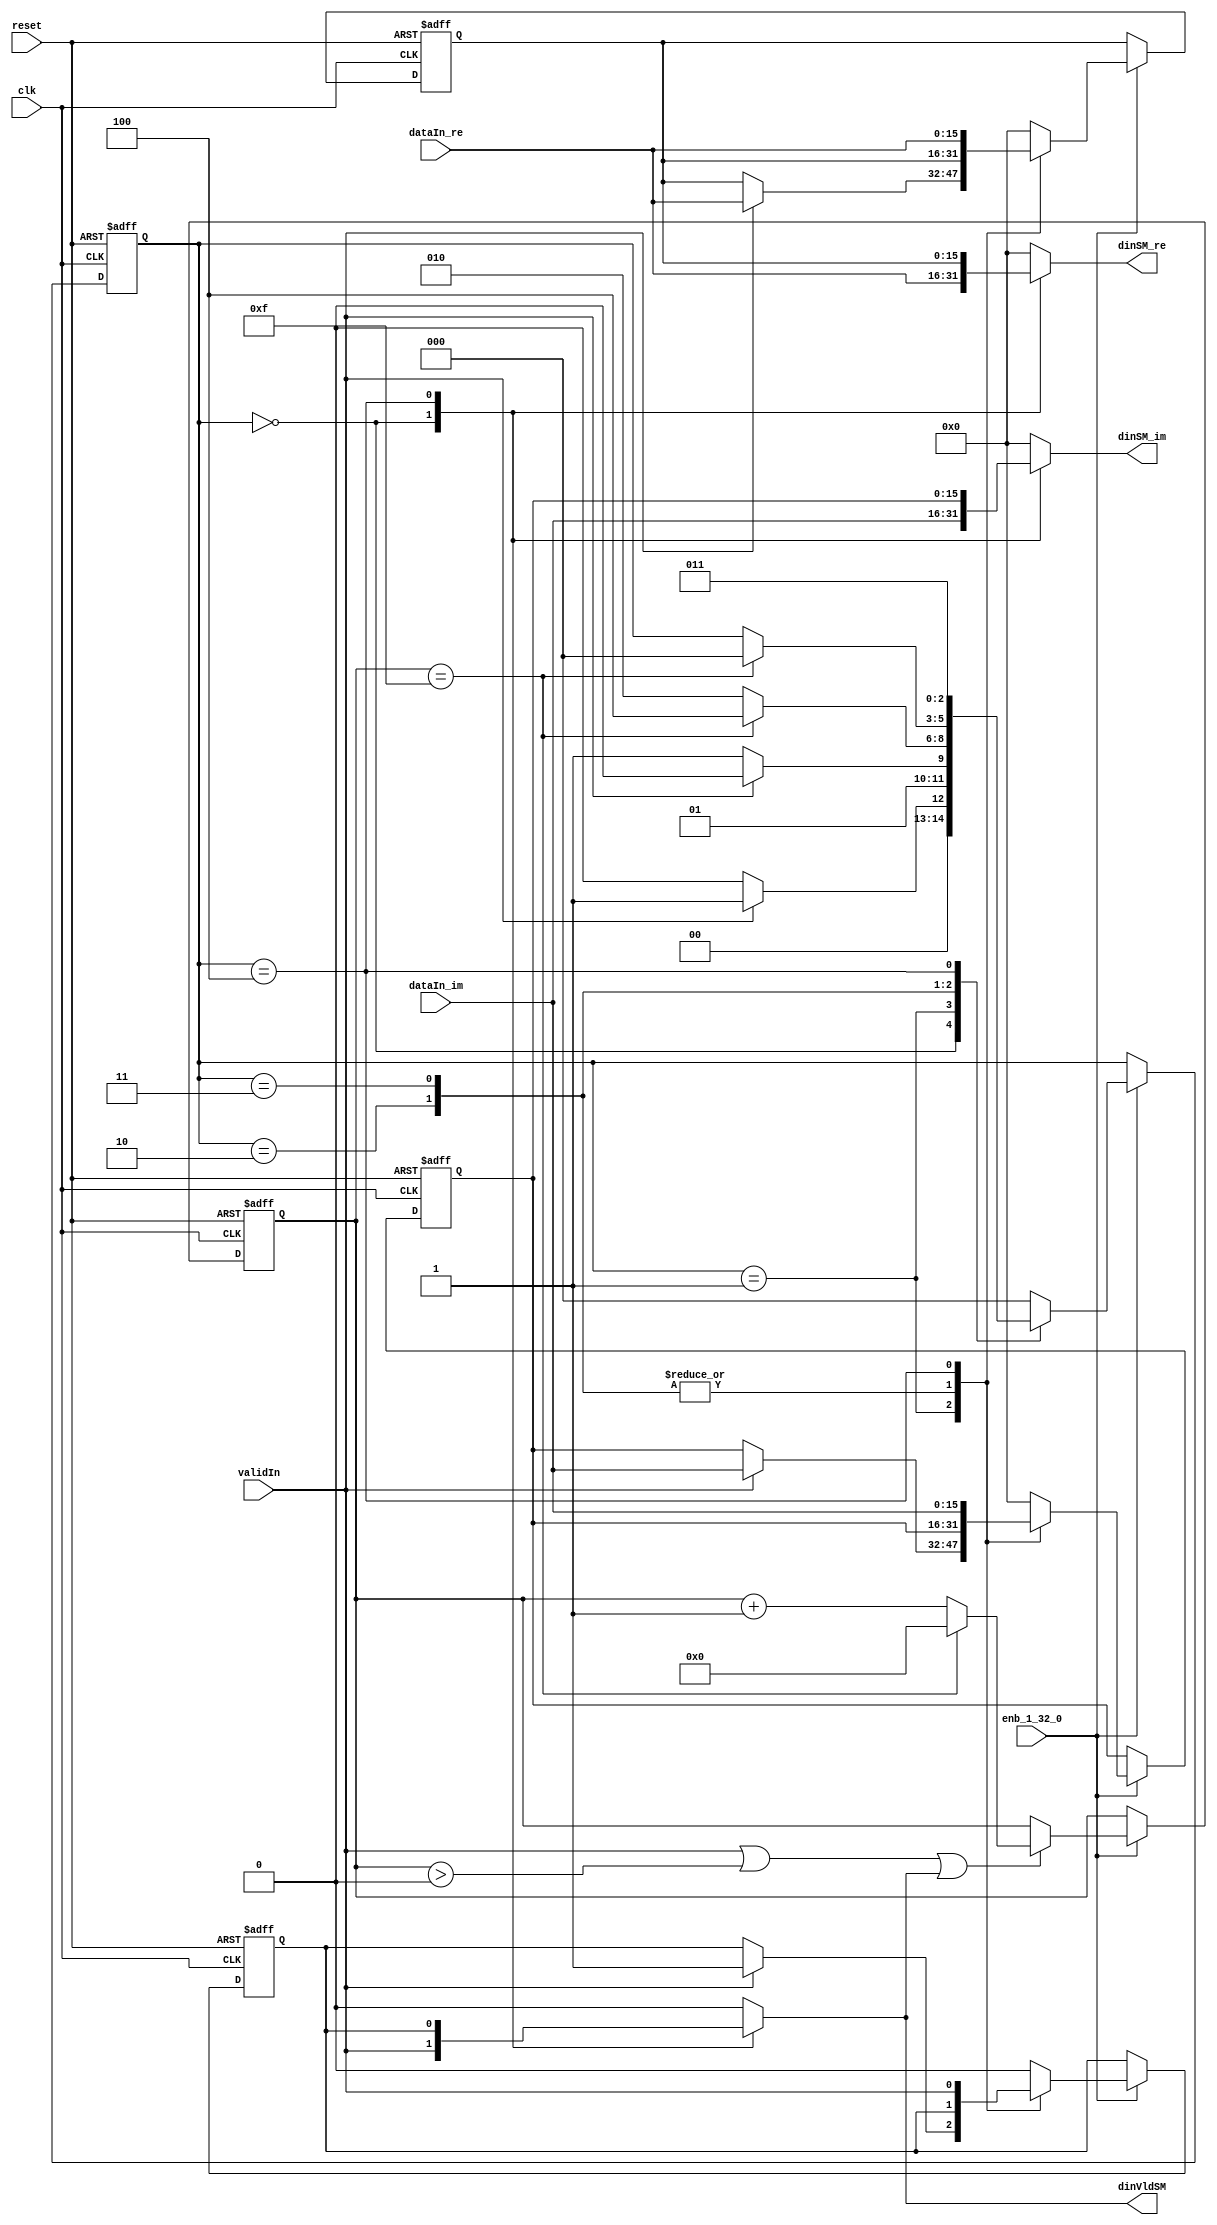
// -------------------------------------------------------------
// 
// 
// Generated by MATLAB 9.13 and HDL Coder 4.0
// 
// -------------------------------------------------------------


// -------------------------------------------------------------
// 
// Module: FirRdyLogic_block3
// Source Path: whdlOFDMTransmitter_up_con/OFDM_UC/HDL_DUC/Lowpass Interpolator/whdlOFDMTransmitter_up_con/OFDM_UC/HDL_DUC/Lowpass 
// Interpolator/FIRFilter1/FirRdyLogi
// Hierarchy Level: 4
// 
// -------------------------------------------------------------

`timescale 1 ns / 1 ns

module FirRdyLogic_block3
          (clk,
           reset,
           enb_1_32_0,
           dataIn_re,
           dataIn_im,
           validIn,
           dinSM_re,
           dinSM_im,
           dinVldSM);


  input   clk;
  input   reset;
  input   enb_1_32_0;
  input   signed [15:0] dataIn_re;  // sfix16_En13
  input   signed [15:0] dataIn_im;  // sfix16_En13
  input   validIn;
  output  signed [15:0] dinSM_re;  // sfix16_En13
  output  signed [15:0] dinSM_im;  // sfix16_En13
  output  dinVldSM;


  wire syncReset;
  reg signed [15:0] firRdy_xdin_re;  // sfix16_En13
  reg signed [15:0] firRdy_xdin_im;  // sfix16_En13
  reg  firRdy_xdinVld;
  reg [2:0] firRdy_state;  // ufix3
  reg  firRdy_readyReg;
  reg [3:0] firRdy_count;  // ufix4
  reg signed [15:0] firRdy_xdin_next_re;  // sfix16_En13
  reg signed [15:0] firRdy_xdin_next_im;  // sfix16_En13
  reg  firRdy_xdinVld_next;
  reg [2:0] firRdy_state_next;  // ufix3
  reg  firRdy_readyReg_next;
  reg [3:0] firRdy_count_next;  // ufix4
  reg  readySM;
  reg signed [15:0] dinSM_re_1;  // sfix16_En13
  reg signed [15:0] dinSM_im_1;  // sfix16_En13
  reg  dinVldSM_1;
  reg  firRdy_out2_0;
  reg [3:0] firRdy_count_temp;  // ufix4


  assign syncReset = 1'b0;



  // rdyLogic
  always @(posedge clk or posedge reset)
    begin : firRdy_process
      if (reset == 1'b1) begin
        firRdy_state <= 3'b000;
        firRdy_xdin_re <= 16'sb0000000000000000;
        firRdy_xdin_im <= 16'sb0000000000000000;
        firRdy_xdinVld <= 1'b0;
        firRdy_readyReg <= 1'b1;
        firRdy_count <= 4'b0000;
      end
      else begin
        if (enb_1_32_0) begin
          firRdy_xdin_re <= firRdy_xdin_next_re;
          firRdy_xdin_im <= firRdy_xdin_next_im;
          firRdy_xdinVld <= firRdy_xdinVld_next;
          firRdy_state <= firRdy_state_next;
          firRdy_readyReg <= firRdy_readyReg_next;
          firRdy_count <= firRdy_count_next;
        end
      end
    end

  always @(dataIn_im, dataIn_re, firRdy_count, firRdy_readyReg, firRdy_state,
       firRdy_xdinVld, firRdy_xdin_im, firRdy_xdin_re, syncReset, validIn) begin
    firRdy_count_temp = firRdy_count;
    firRdy_xdin_next_re = firRdy_xdin_re;
    firRdy_xdin_next_im = firRdy_xdin_im;
    firRdy_xdinVld_next = firRdy_xdinVld;
    firRdy_state_next = firRdy_state;
    firRdy_readyReg_next = firRdy_readyReg;
    if ( ! syncReset) begin
      case ( firRdy_state)
        3'b000 :
          begin
            dinSM_re_1 = dataIn_re;
            dinSM_im_1 = dataIn_im;
            firRdy_out2_0 = validIn;
            firRdy_state_next = 3'b000;
            firRdy_readyReg_next = 1'b1;
            firRdy_xdin_next_re = 16'sb0000000000000000;
            firRdy_xdin_next_im = 16'sb0000000000000000;
            firRdy_xdinVld_next = 1'b0;
            if (validIn) begin
              firRdy_state_next = 3'b001;
              firRdy_readyReg_next = 1'b0;
            end
          end
        3'b001 :
          begin
            dinSM_re_1 = 16'sb0000000000000000;
            dinSM_im_1 = 16'sb0000000000000000;
            firRdy_out2_0 = 1'b0;
            firRdy_state_next = 3'b011;
            if (validIn) begin
              firRdy_state_next = 3'b010;
              firRdy_xdin_next_re = dataIn_re;
              firRdy_xdin_next_im = dataIn_im;
              firRdy_xdinVld_next = 1'b1;
            end
          end
        3'b010 :
          begin
            dinSM_re_1 = 16'sb0000000000000000;
            dinSM_im_1 = 16'sb0000000000000000;
            firRdy_out2_0 = 1'b0;
            firRdy_state_next = 3'b010;
            if (firRdy_count == 4'b1111) begin
              firRdy_state_next = 3'b100;
            end
            firRdy_readyReg_next = 1'b0;
          end
        3'b011 :
          begin
            if (firRdy_count == 4'b1111) begin
              firRdy_readyReg_next = 1'b1;
              firRdy_state_next = 3'b000;
            end
            dinSM_re_1 = 16'sb0000000000000000;
            dinSM_im_1 = 16'sb0000000000000000;
            firRdy_out2_0 = 1'b0;
          end
        3'b100 :
          begin
            firRdy_state_next = 3'b011;
            dinSM_re_1 = firRdy_xdin_re;
            dinSM_im_1 = firRdy_xdin_im;
            firRdy_out2_0 = firRdy_xdinVld;
            firRdy_xdin_next_re = dataIn_re;
            firRdy_xdin_next_im = dataIn_im;
            firRdy_xdinVld_next = validIn;
          end
        default :
          begin
            dinSM_re_1 = 16'sb0000000000000000;
            dinSM_im_1 = 16'sb0000000000000000;
            firRdy_out2_0 = 1'b0;
            firRdy_state_next = 3'b000;
            firRdy_xdin_next_re = 16'sb0000000000000000;
            firRdy_xdin_next_im = 16'sb0000000000000000;
            firRdy_xdinVld_next = 1'b0;
            firRdy_readyReg_next = 1'b1;
          end
      endcase
    end
    else begin
      firRdy_state_next = 3'b000;
      firRdy_xdin_next_re = 16'sb0000000000000000;
      firRdy_xdin_next_im = 16'sb0000000000000000;
      firRdy_xdinVld_next = 1'b0;
      firRdy_readyReg_next = 1'b0;
      firRdy_count_temp = 4'b0000;
      firRdy_out2_0 = 1'b0;
      dinSM_re_1 = dataIn_re;
      dinSM_im_1 = dataIn_im;
    end
    if ((validIn || (firRdy_count_temp > 4'b0000)) || firRdy_out2_0) begin
      if (firRdy_count_temp == 4'b1111) begin
        firRdy_count_temp = 4'b0000;
      end
      else begin
        firRdy_count_temp = firRdy_count_temp + 4'b0001;
      end
    end
    readySM = firRdy_readyReg;
    dinVldSM_1 = firRdy_out2_0;
    firRdy_count_next = firRdy_count_temp;
  end



  assign dinSM_re = dinSM_re_1;

  assign dinSM_im = dinSM_im_1;

  assign dinVldSM = dinVldSM_1;

endmodule  // FirRdyLogic_block3